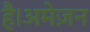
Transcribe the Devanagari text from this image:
है।अमेज़न